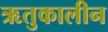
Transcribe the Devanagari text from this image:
ऋतुकालीन